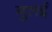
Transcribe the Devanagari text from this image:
गुलई